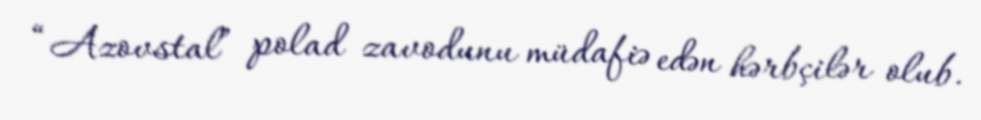
“Azovstal” polad zavodunu müdafiə edən hərbçilər olub.